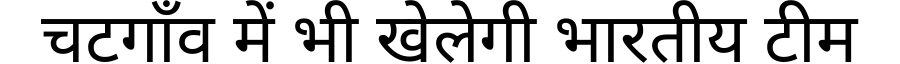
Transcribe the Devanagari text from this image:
चटगाँव में भी खेलेगी भारतीय टीम